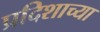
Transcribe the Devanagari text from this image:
प्रदिशाच्या